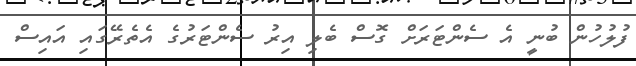
ފުލުހުން ބުނީ އެ ސެންޓަރަށް ގޮސް ބެލި އިރު ސެންޓަރުގެ އެތެރޭގައި އައިސް